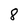
Character: 8